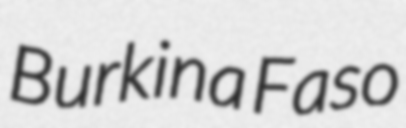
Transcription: Burkina Faso